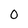
Character: 0